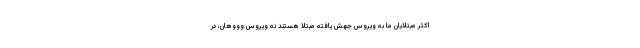
اکثر مبتلایان ما به ویروس جهش یافته مبتلا هستند نه ویروس وووهان، در